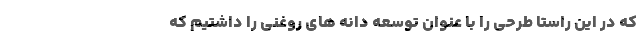
که در این راستا طرحی را با عنوان توسعه دانه های روغنی را داشتیم که